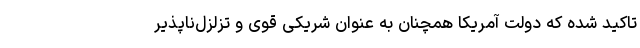
تاکید شده که دولت آمریکا همچنان به عنوان شریکی قوی و تزلزل‌ناپذیر